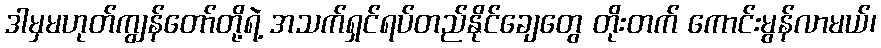
ဒါမှမဟုတ်ကျွန်တော်တို့ရဲ့ အသက်ရှင်ရပ်တည်နိုင်ချေတွေ တိုးတက် ကောင်းမွန်လာမယ်၊